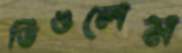
ডিঙলেম